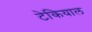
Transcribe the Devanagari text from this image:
टेकियाल